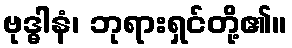
ဗုဒ္ဓါနံ၊ ဘုရားရှင်တို့၏။